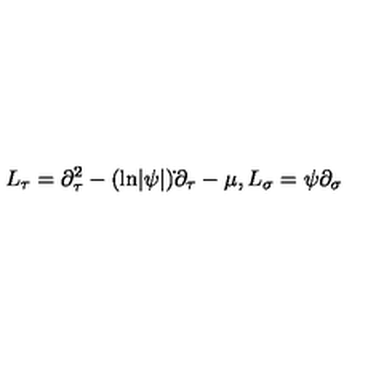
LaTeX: L _ { \tau } = \partial _ { \tau } ^ { 2 } - ( \mathrm { l n } | \psi | ) \dot { } \partial _ { \tau } - \mu , L _ { \sigma } = \psi \partial _ { \sigma }